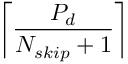
\left\lceil \frac { P _ { d } } { N _ { s k i p } + 1 } \right\rceil